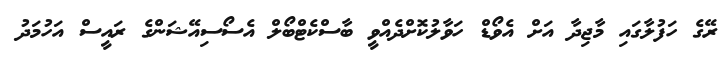
ރޭގެ ހަފުލާގައި މާޖިދާ އަށް އެވޯޑް ހަވާލުކޮށްދެއްވީ ބާސްކެޓްބޯލް އެސޯސިއޭޝަންގެ ރައީސް އަހުމަދު